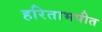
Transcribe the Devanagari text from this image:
हरिताभपीत